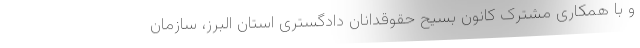
و با همکاری مشترک کانون بسیح حقوقدانان دادگستری استان البرز، سازمان